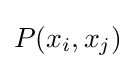
P(x_{i},x_{j})